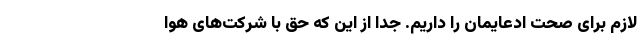
لازم برای صحت ادعایمان را داریم. جدا از این که حق با شرکت‌های هوا